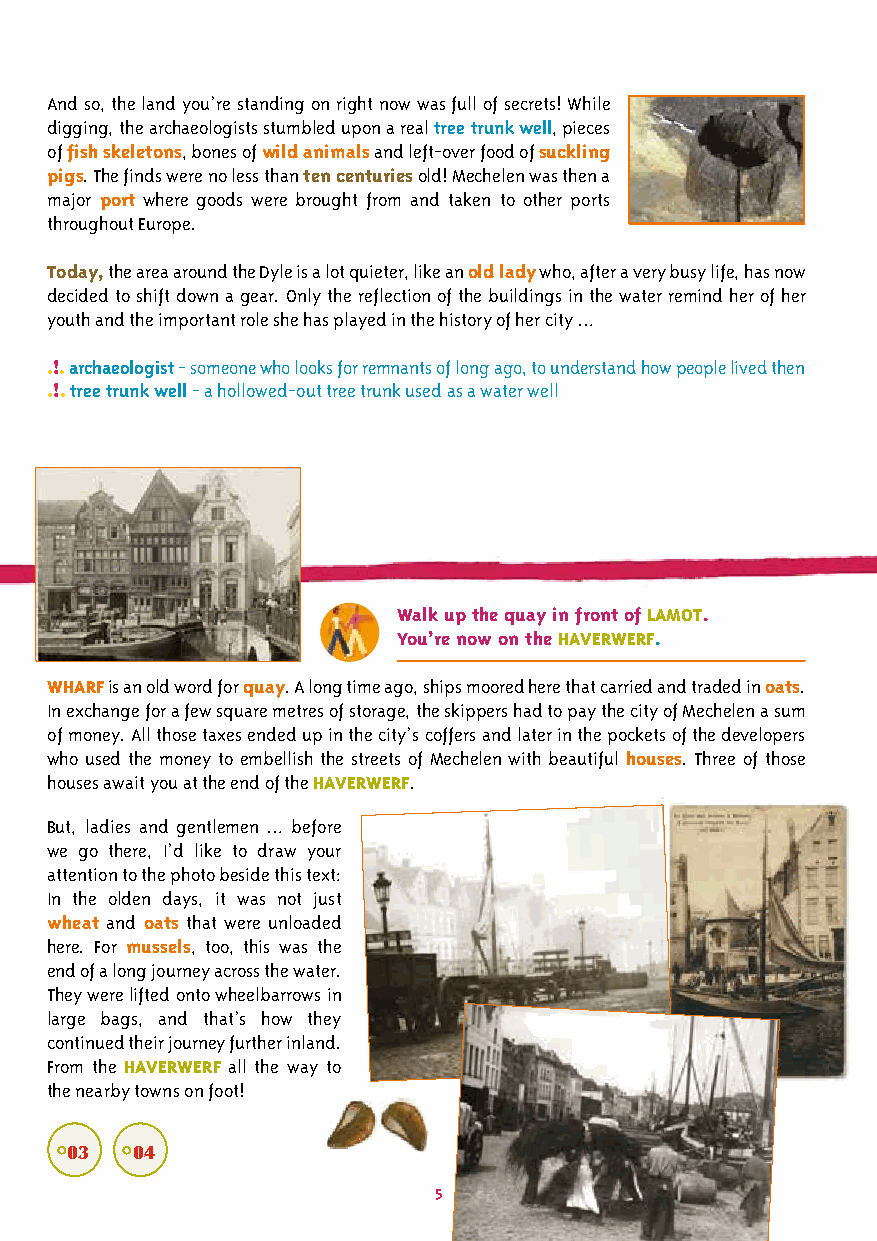
And so, the land you’re standing on right now was full of secrets! While
 digging, the archaeologists stumbled upon a real tree trunk well, pieces
 of fish skeletons, bones of wild animals and left-over food of suckling
 pigs. The finds were no less than ten centuries old! Mechelen was then a
 major port where goods were brought from and taken to other ports
 throughout Europe.
 Today, the area around the Dyle is a lot quieter, like an old lady who, after a very busy life, has now
 decided to shift down a gear. Only the reflection of the buildings in the water remind her of her
 youth and the important role she has played in the history of her city …
 .!. archaeologist - someone who looks for remnants of long ago, to understand how people lived then
 .!. tree trunk well - a hollowed-out tree trunk used as a water well
 Walk up the quay in front of LAMOT.
 You’re now on the HAVERWERF.
 WHARF is an old word for quay. A long time ago, ships moored here that carried and traded in oats.
 In exchange for a few square metres of storage, the skippers had to pay the city of Mechelen a sum
 of money. All those taxes ended up in the city’s coffers and later in the pockets of the developers
 who used the money to embellish the streets of Mechelen with beautiful houses. Three of those
 houses await you at the end of the HAVERWERF.
 But, ladies and gentlemen … before
 we go there, I’d like to draw your
 attention to the photo beside this text:
 In the olden days, it was not just
 wheat and oats that were unloaded
 here. For mussels, too, this was the
 end of a long journey across the water.
 They were lifted onto wheelbarrows in
 large bags, and that’s how they
 continued their journey further inland.
 From the HAVERWERF all the way to
 the nearby towns on foot!
 °03 °04
 5